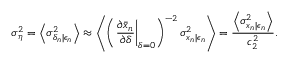
\sigma _ { \eta } ^ { 2 } = \left\langle \sigma _ { \delta _ { n } | \epsilon _ { n } } ^ { 2 } \right\rangle \approx \left\langle \left( \left. \frac { \partial \bar { x } _ { n } } { \partial \delta } \right| _ { \delta = 0 } \right) ^ { - 2 } \sigma _ { x _ { n } | \epsilon _ { n } } ^ { 2 } \right\rangle = \frac { \left\langle \sigma _ { x _ { n } | \epsilon _ { n } } ^ { 2 } \right\rangle } { c _ { 2 } ^ { 2 } } .